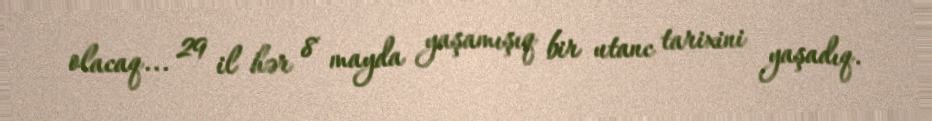
olacaq... 29 il hər 8 mayda yaşamışıq bir utanc tarixini yaşadıq.